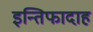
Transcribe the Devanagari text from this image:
इन्तिफादाह